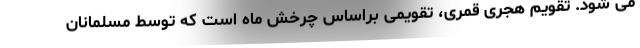
می شود. تقویم هجری قمری، تقویمی براساس چرخش ماه است که توسط مسلمانان